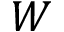
W